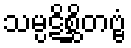
သမ္ပဋိစ္ဆိတဗ္ဗံ